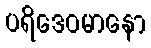
ပရိဒေဝမာနော